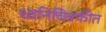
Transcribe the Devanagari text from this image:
ध्वनिचित्रफीत